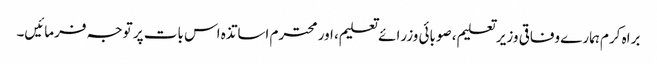
براہ کرم ہمارے وفاقی وزیر تعلیم، صوبائی وزرائے تعلیم، اور محترم اساتذہ اس بات پر توجہ فرمائیں۔